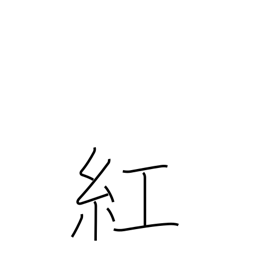
Meaning: crimson